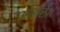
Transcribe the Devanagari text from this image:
ओहाला